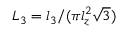
L _ { 3 } = l _ { 3 } / ( \pi l _ { z } ^ { 2 } \sqrt { 3 } )